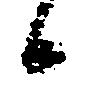
候